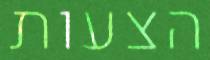
הצעות